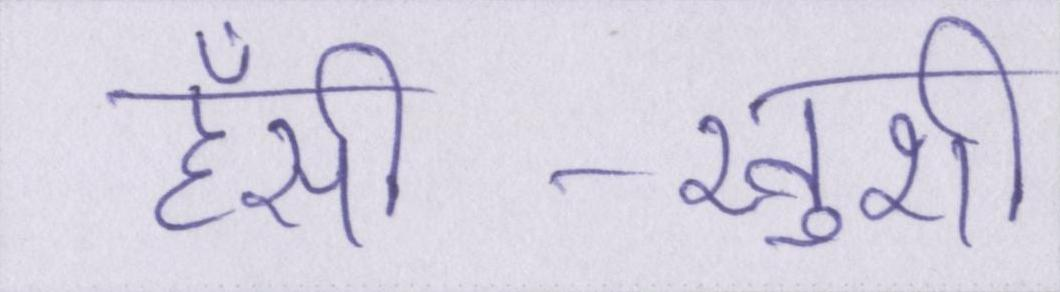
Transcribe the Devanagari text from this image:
हँसी-खुशी